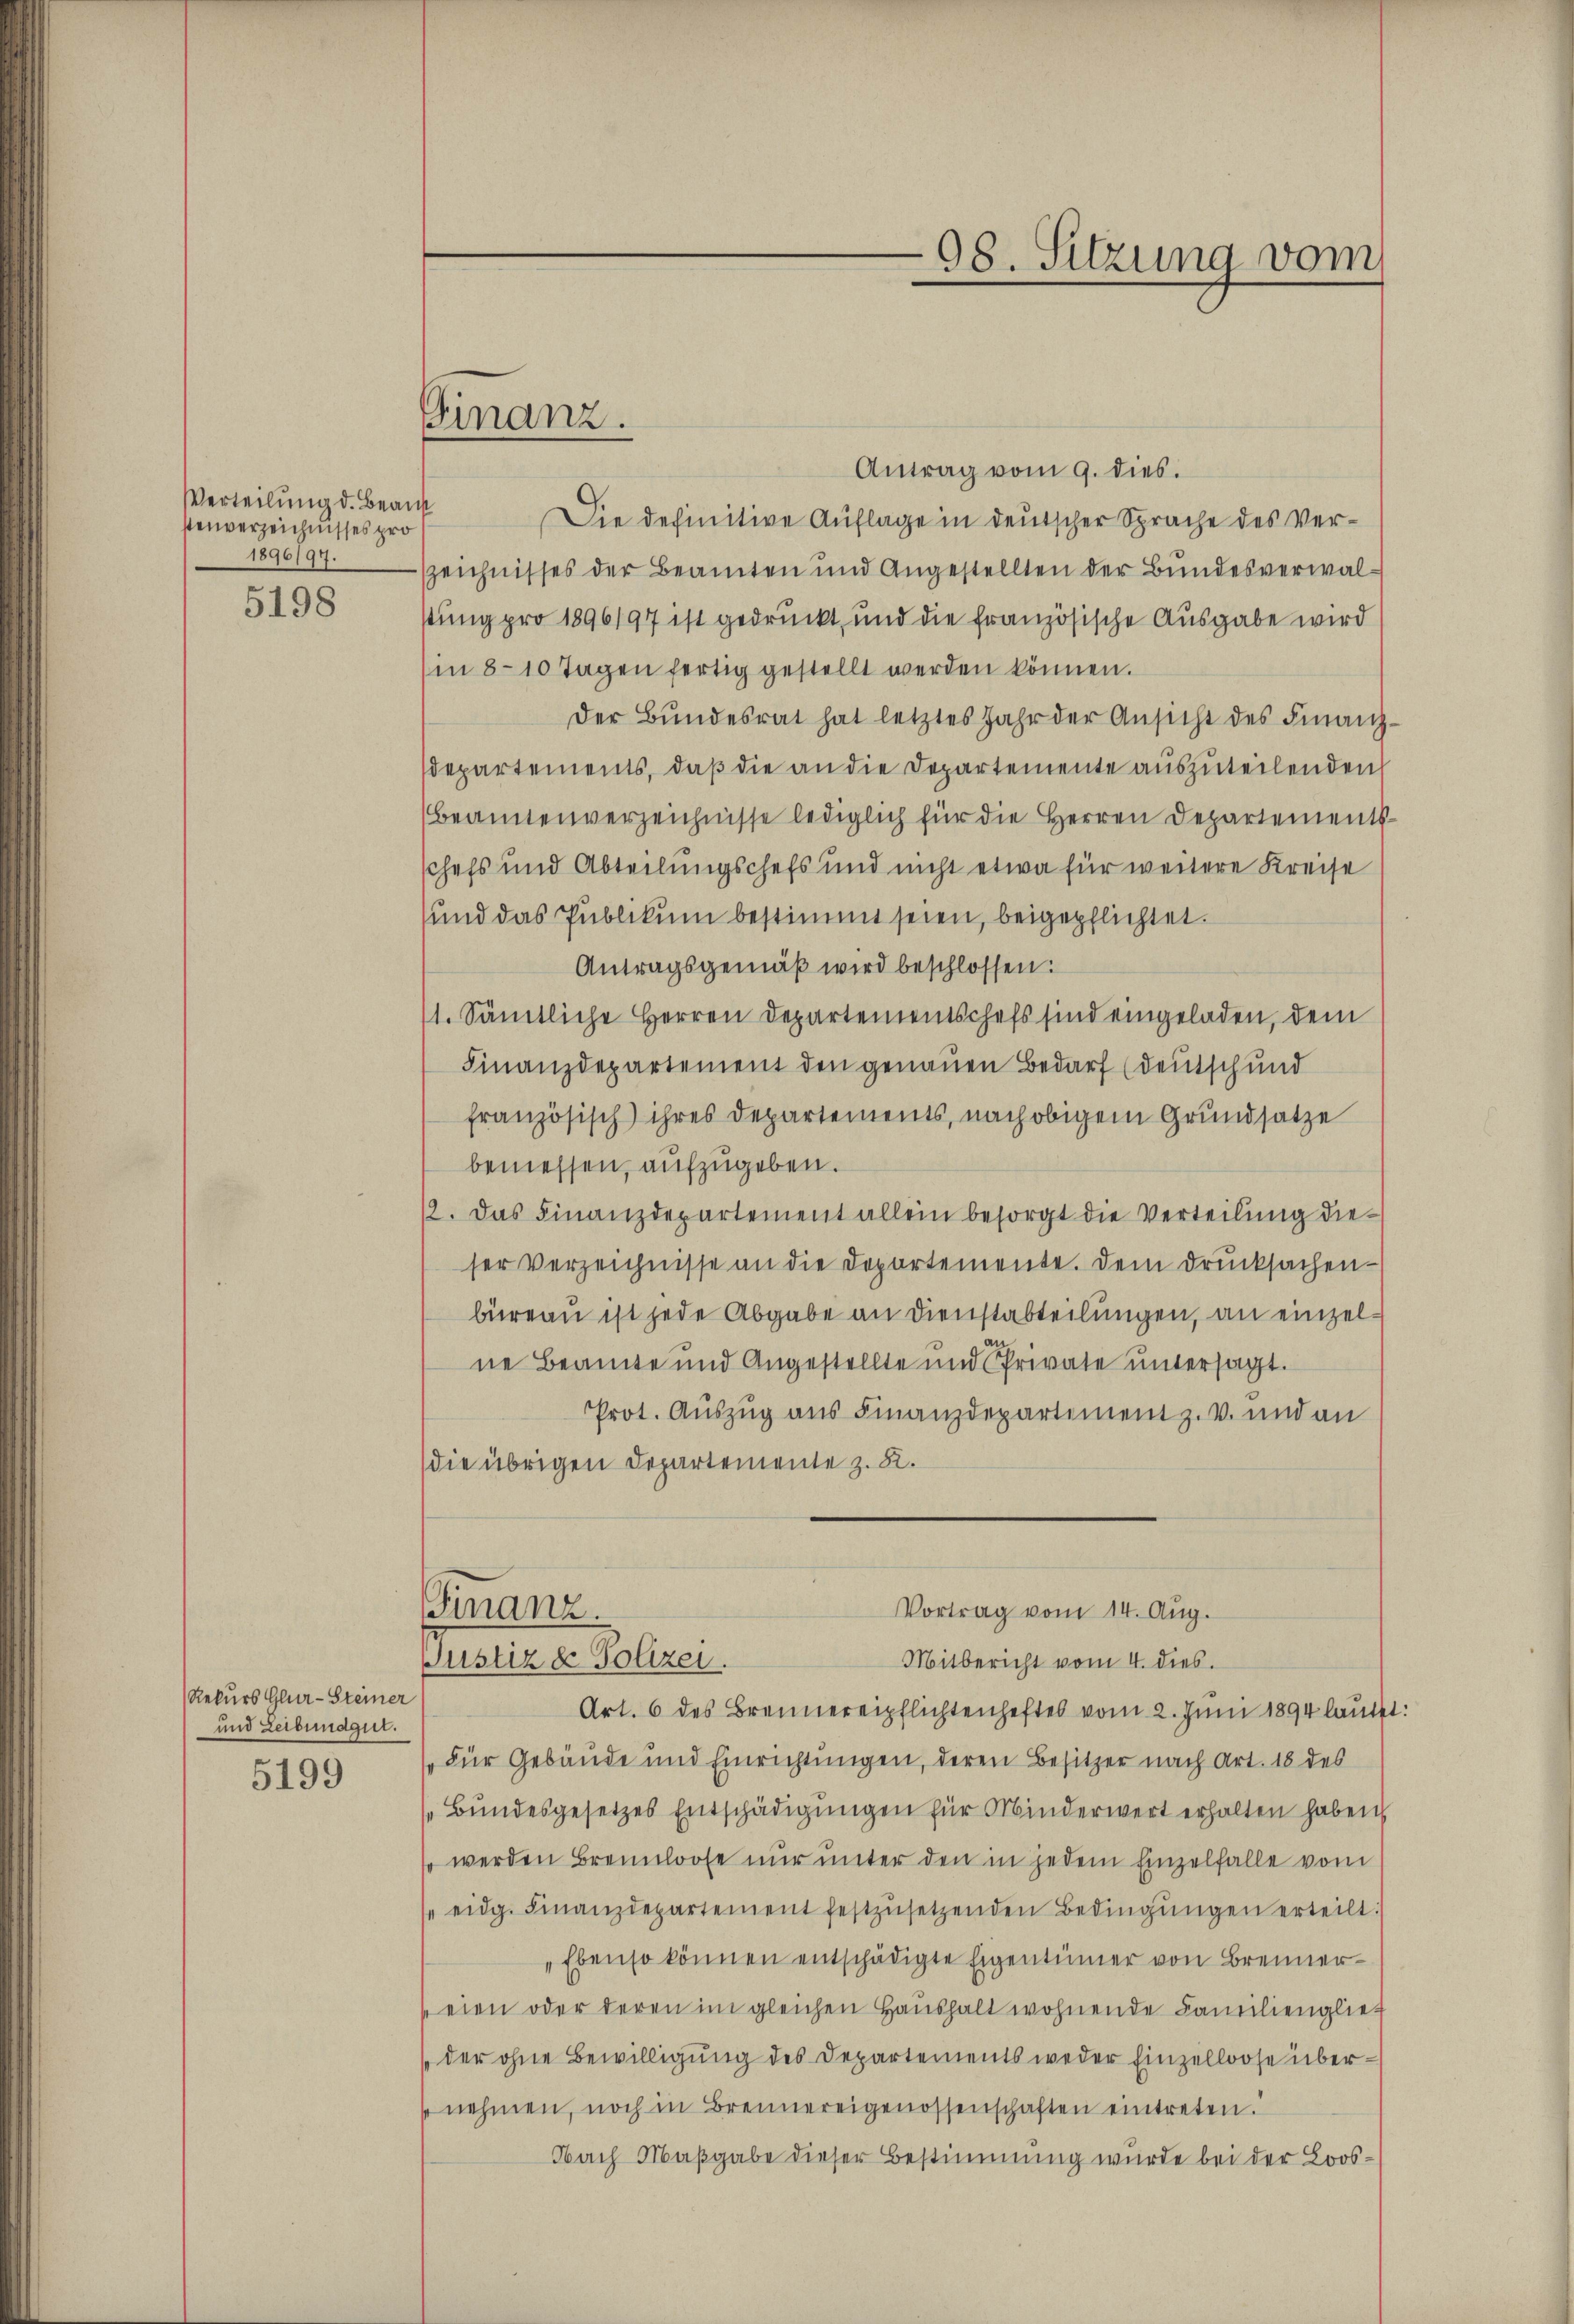
Verteilung d. Bean
stenverzeichnisses pro
1896/94.
5198

Rekurs Glur-Steiner
und Leibundgut.
5199

Finanz.

98. Sitzung vom

Antrag vom 9. dies.
Die definitive Auflage in deutscher Sprache des Verzzeichnisses der Beamten und Angestellten der Bundesverwalstung pro 1896197 ist gedruckt, und die französische Ausgabe wird
(in 8-10 Tagen fertig gestellt werden können.
der Bŭndesrat hat letztes Jahr der Ansicht des Finanz-
departements, daß die an die Departemente auszuteilenden
Beamtenverzeichnisse lediglich für die Herren Departements
schefs und Abteilungschefs und nicht etwa für weitere Kreise
sund das Publikum bestimmt seien, beigepflichtet.
Antragsgemäß wird beschlossen:
11. Sämtliche Herren Departementschefs sind eingeladen, dem
Finanzdepartement den genauen Bedarf (deutsch und
französisch ihres Departements, nach obigem Grundsatze
bemessen, aufzugeben.
12. Das Finanzdepartement allein besorgt die Verteilung dieser verzeichnisse an die Departemente. Dem Drucksachenbüreau ist jede Abgabe an Dienstabteilungen, an einzelne Beamte und Angestellte und Private untersagt.
Prot. Auszug aus Finanzdepartement z. v. und an
die übrigen Departemente z. B.
Finanz
Vortrag vom 14. Aug.
Justiz & Polizei.
Mitbericht vom 4. dies.
Art. 6 des Brennereipflichtenhaftes vom 2. Juni 1894 lautet
Für Gebäude und Einrichtungen, deren Besitzer nach Art. 18 des
Bŭndesgesetzes Entschädigŭngen für Minderwert erhalten haben
so werden Brennloose nur unter den in jedem Einzelfalle vom
 eidg. Finanzdepartement festzŭsetzenden Bedingŭngen erteilt
„Ebenso können entschädigte Eigentümer von Brennereien oder deren im gleichen Haŭshalt wohnende Familienglief
"der ohne Bewilligŭng des Departements weder Einzelloose über
nehmen, noch in Brennereigenossenschaften eintreten.
Nach Maßgabe dieser Bestimmung wurde bei der Loos¬